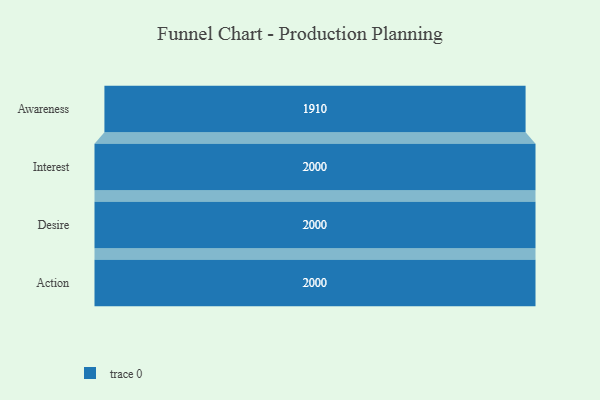
{"axis": {"x": "Stage", "y": "Value"}, "legend": [""], "data": [{"x": "Awareness", "y": 1910.0, "type": ""}, {"x": "Interest", "y": 2000, "type": ""}, {"x": "Desire", "y": 2000, "type": ""}, {"x": "Action", "y": 2000, "type": ""}]}